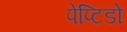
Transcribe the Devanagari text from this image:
पेप्टिडो